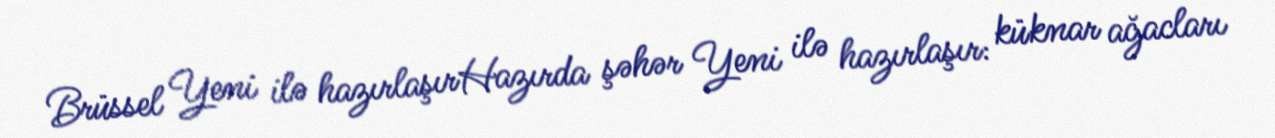
Brüssel Yeni ilə hazırlaşırHazırda şəhər Yeni ilə hazırlaşır: küknar ağacları